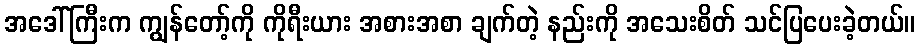
အဒေါ်ကြီးက ကျွန်တော့်ကို ကိုရီးယား အစားအစာ ချက်တဲ့ နည်းကို အသေးစိတ် သင်ပြပေးခဲ့တယ်။